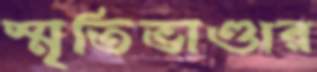
স্মৃতিভাণ্ডার